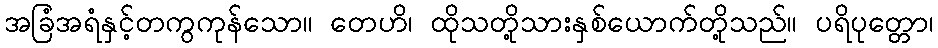
အခြံအရံနှင့်တကွကုန်သော။ တေဟိ၊ ထိုသတို့သားနှစ်ယောက်တို့သည်။ ပရိပုတ္တော၊